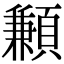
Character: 䫡